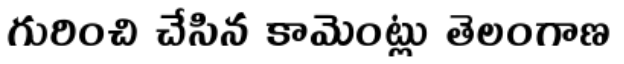
గురించి చేసిన కామెంట్లు తెలంగాణ